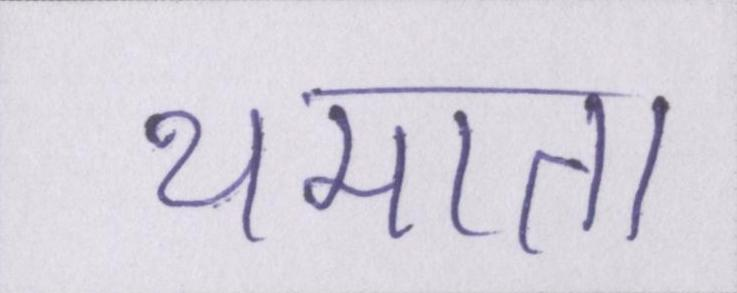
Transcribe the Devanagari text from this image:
थमाता